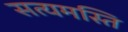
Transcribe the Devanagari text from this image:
सत्यमस्ति